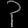
Digit: ၃